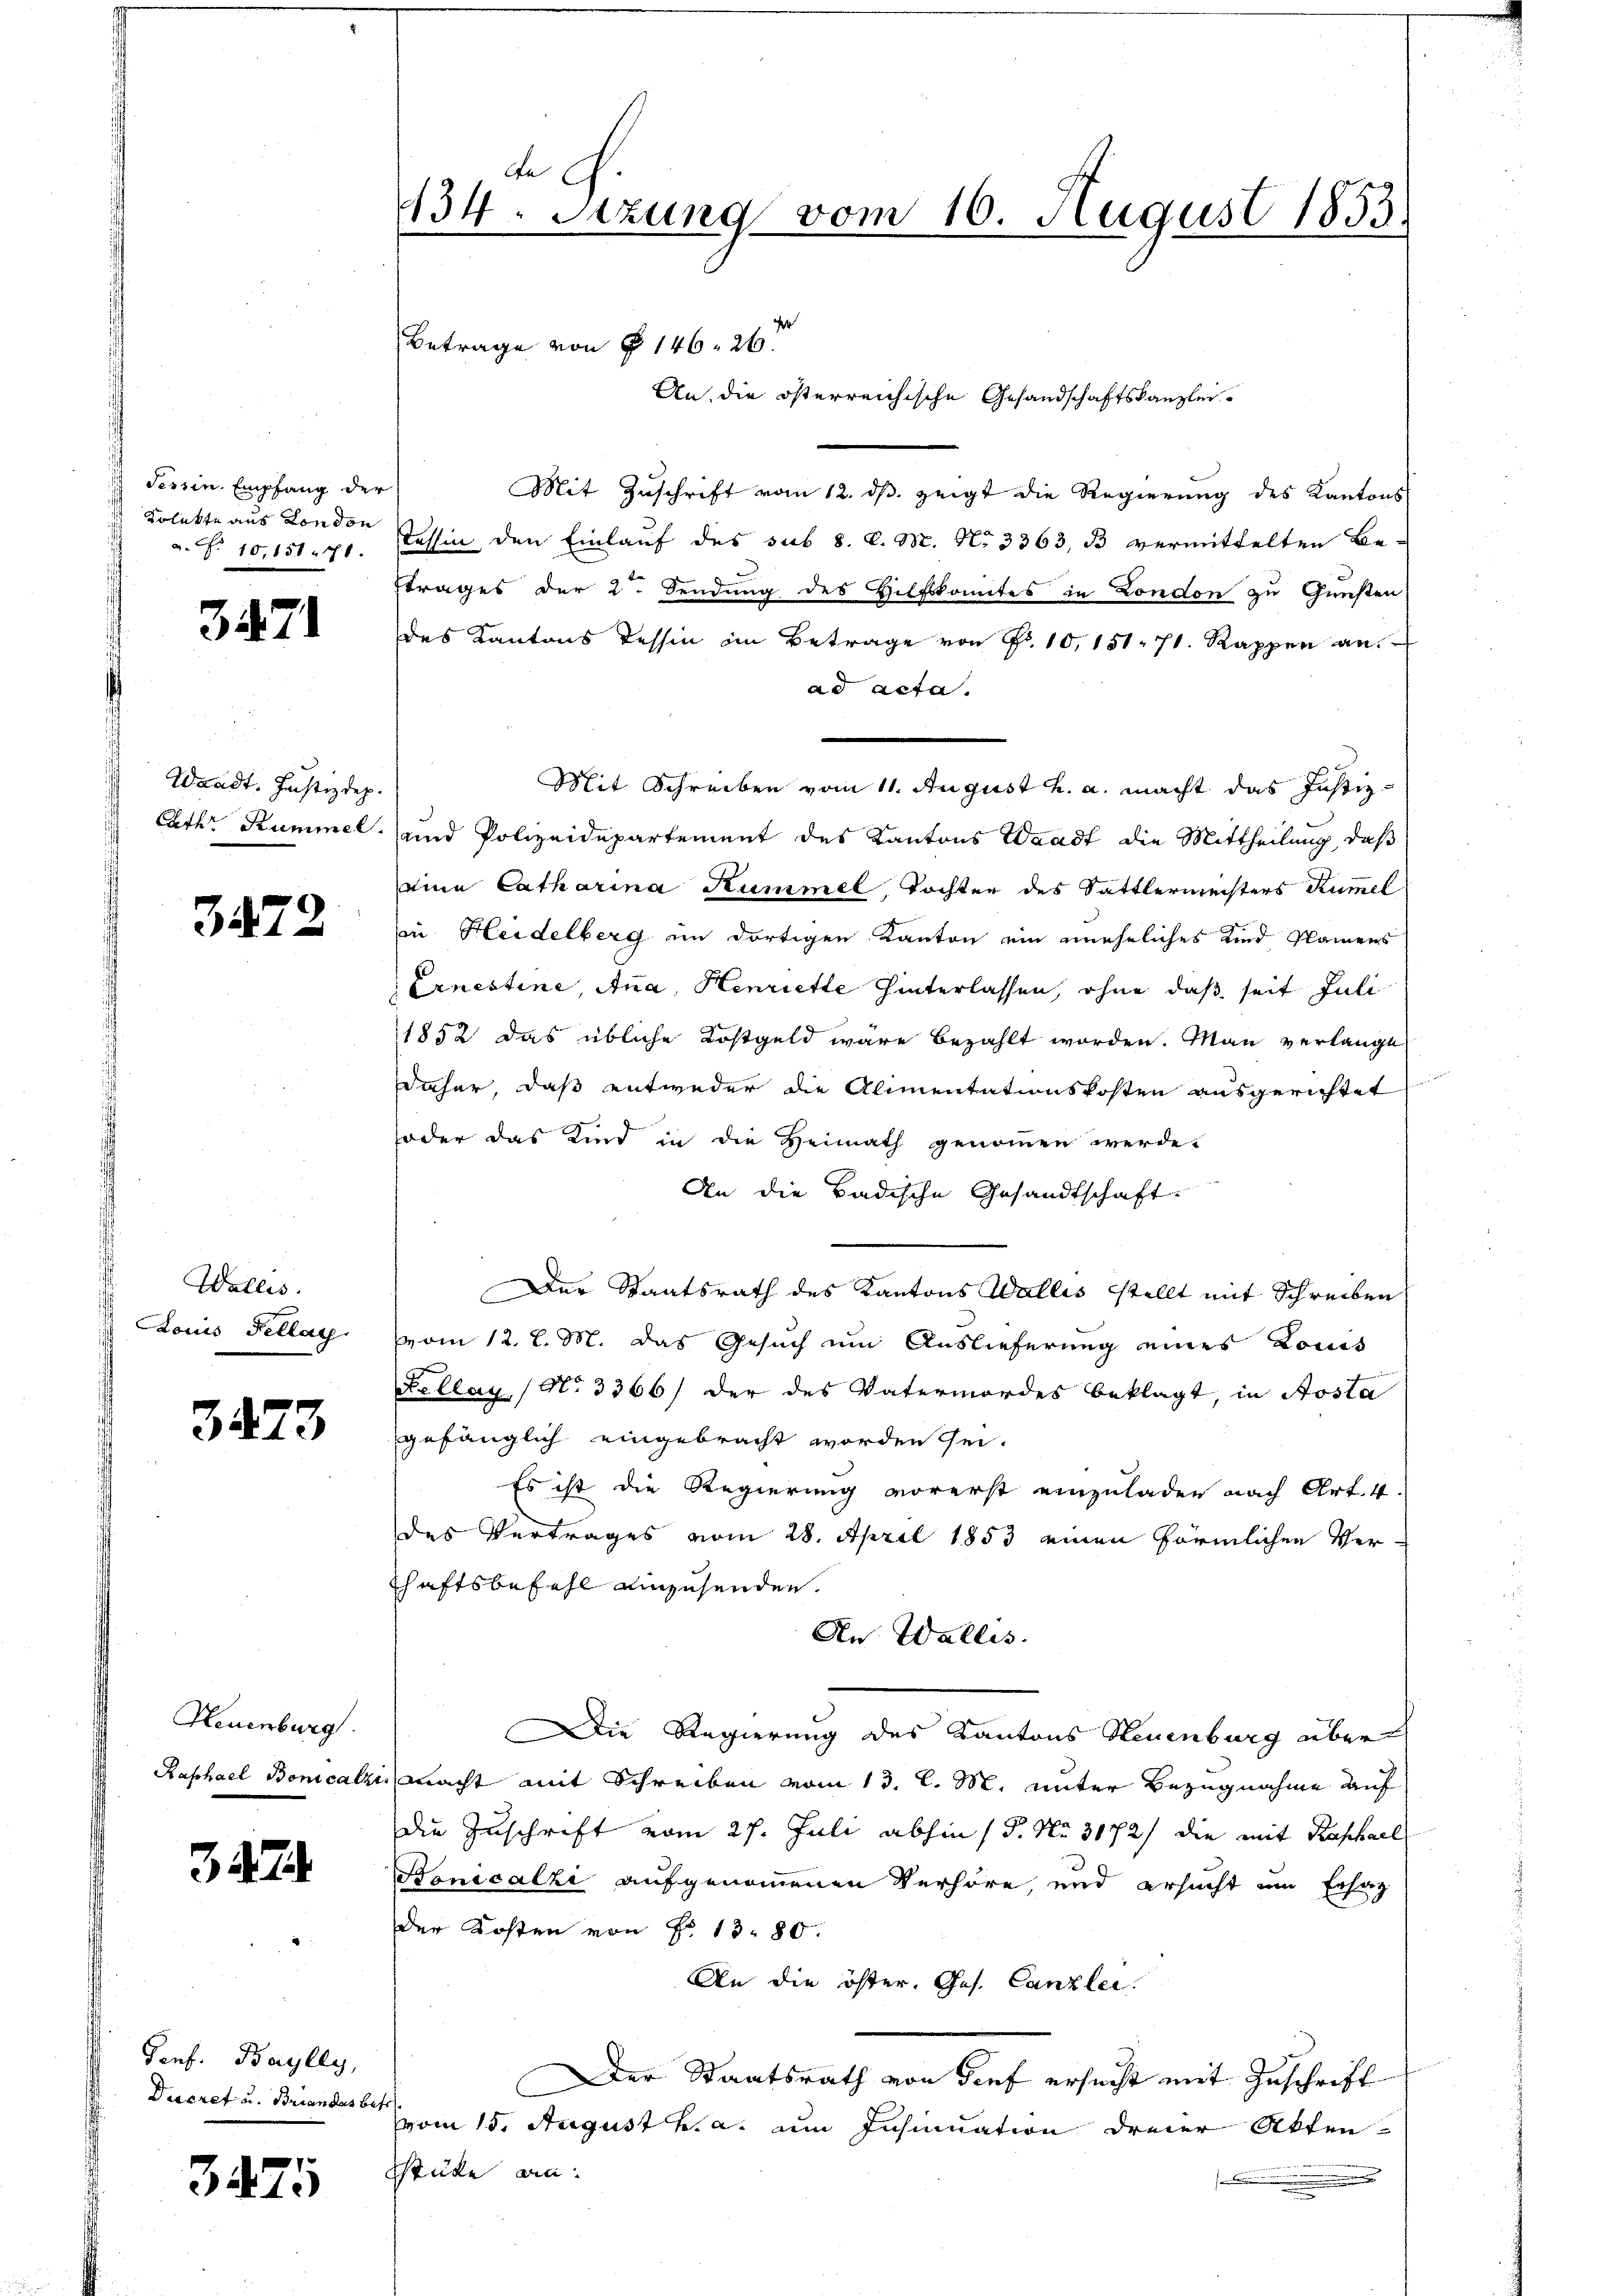
Tessin. Empfang der
 Solakte aus London
a. f. 10,151. 770.

3471

Waadt. Justizdep
Exth Kummel.

3472

Wallis.
Louis Fellat

3473

Neuenburg
Raphael Bonicalzi

3474

Porf. Baylly,
Decret u. Brandas bet

3475

An
134. Setzung vom 16. August 1853.
Betrage von § 146. 26.
An die österreichische Gesandschaftskanzlei¬

e
Mit Zuschrift vom 12. ds. zeigt die Regierung des Kantons
Tessin den Einlauf des sub 8. d. M. No 3363, B vermittelten Be-
trages der 2. Sendung des Hilfskomites in London zu Gunsten
des Kantons Tessin im Betrage von Fr. 10, 151. 71. Rappen an.
ad acta.
Mit Schreiben vom 11. August h. a. macht das Justiz-
und Polizeidepartement des Kantons Waadt die Mittheilung, daß
eine Catharina Kummel, Tochter des Sattlermeisters Rümel
in Heidelberg in dortigen Kanton ein uneheliches Kind Namens
Ernestine, Ana, Henriette hinterlassen, ohne daß seit Juli
1852 das übliche Kostgeld wäre bezahlt worden. Man verlange
daher, daß entweder die Alimentationskosten ausgerichtet
oder das Kind in die Heimath genommen werde.
An die Badische Gesandtschaft.
Der Staatsrath des Kantons Wallis stellt mit Schreiben
vom 12. l. M. das Gesuch um Auslieferung eines Louis
Fellag, No 3366/ der des Vatermordes beklagt, in Aosta
gefänglich eingebracht worden sei.
Es ist die Regierung vorerst einzuladen nach Art. 4.
des Vertrages vom 28. April 1853 einen förmlichen Verhaftsbefehl einzusenden.
An Wallis.
Die Regierung des Kantons Neuenburg über
macht mit Schreiben vom 13. l. M. unter Bezugnahme auf
die Zuschrift vom 27. Juli abhin (S. Nr. 3172) die mit Raphael
Bonicalzi aufgenommenen Verhöre, und ersucht um Ersatz
der Kosten von No 13. 80.
An die öster. Ges. Canzlei.
Der Staatsrath von Tief ersucht mit Zuschrift
vom 15. August v. a. um Insinuation dreier Akten
stüke an:
.